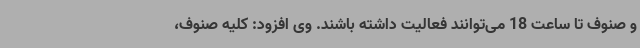
و صنوف تا ساعت 18 می‌توانند فعالیت داشته باشند. وی افزود: کلیه صنوف،